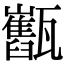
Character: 𤮯